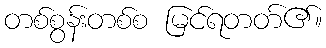
တစ်စွန်းတစ်စ မြင်ရတတ်၏။